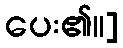
ပေး၏။]